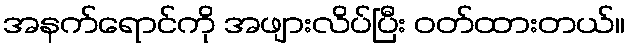
အနက်ရောင်ကို အဖျားလိပ်ပြီး ဝတ်ထားတယ်။